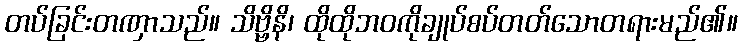
တပ်ခြင်းတဏှာသည်။ သိဗ္ဗိနိ၊ ထိုထိုဘဝကိုချုပ်စပ်တတ်သောတရားမည်၏။